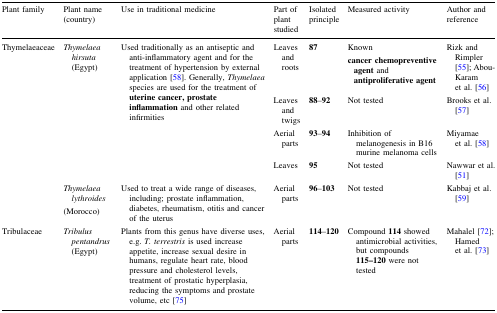
<table><thead><tr><td><b>Plant family</b></td><td><b>Plant name (country)</b></td><td><b>Use in traditional medicine</b></td><td><b>Part of plant studied</b></td><td><b>Isolated principle</b></td><td><b>Measured activity</b></td><td><b>Author and reference</b></td></tr></thead><tbody><tr><td rowspan="5">Thymelaeaceae</td><td rowspan="4"><i>Thymelaea hirsuta</i> (Egypt)</td><td rowspan="4">Used traditionally as an antiseptic and anti-inflammatory agent and for the treatment of hypertension by external application [58]. Generally, <i>Thymelaea</i> species are used for the treatment of <b>uterine cancer, prostate inflammation</b> and other related infirmities</td><td>Leaves and roots</td><td><b>87</b></td><td>Known<b>cancer chemopreventive agent</b> and <b>antiproliferative agent</b></td><td>Rizk and Rimpler [55]; Abou-Karam et al. [56]</td></tr><tr><td>Leaves and twigs</td><td><b>88</b>–<b>92</b></td><td>Not tested</td><td>Brooks et al. [57]</td></tr><tr><td>Aerial parts</td><td><b>93</b>–<b>94</b></td><td>Inhibition of melanogenesis in B16 murine melanoma cells</td><td>Miyamae et al. [58]</td></tr><tr><td>Leaves</td><td><b>95</b></td><td>Not tested</td><td>Nawwar et al. [51]</td></tr><tr><td><i>Thymelaea lythroides</i>(Morocco)</td><td>Used to treat a wide range of diseases, including; prostate inflammation, diabetes, rheumatism, otitis and cancer of the uterus</td><td>Aerial parts</td><td><b>96</b>–<b>103</b></td><td>Not tested</td><td>Kabbaj et al. [59]</td></tr><tr><td>Tribulaceae</td><td><i>Tribulus pentandrus</i> (Egypt)</td><td>Plants from this genus have diverse uses, e.g. <i>T. terrestris</i> is used increase appetite, increase sexual desire in humans, regulate heart rate, blood pressure and cholesterol levels, treatment of prostatic hyperplasia, reducing the symptoms and prostate volume, etc [75]</td><td>Aerial parts</td><td><b>114</b>–<b>120</b></td><td>Compound <b>114</b> showed antimicrobial activities, but compounds <b>115–120</b> were not tested</td><td>Mahalel [72]; Hamed et al. [73]</td></tr></tbody></table>